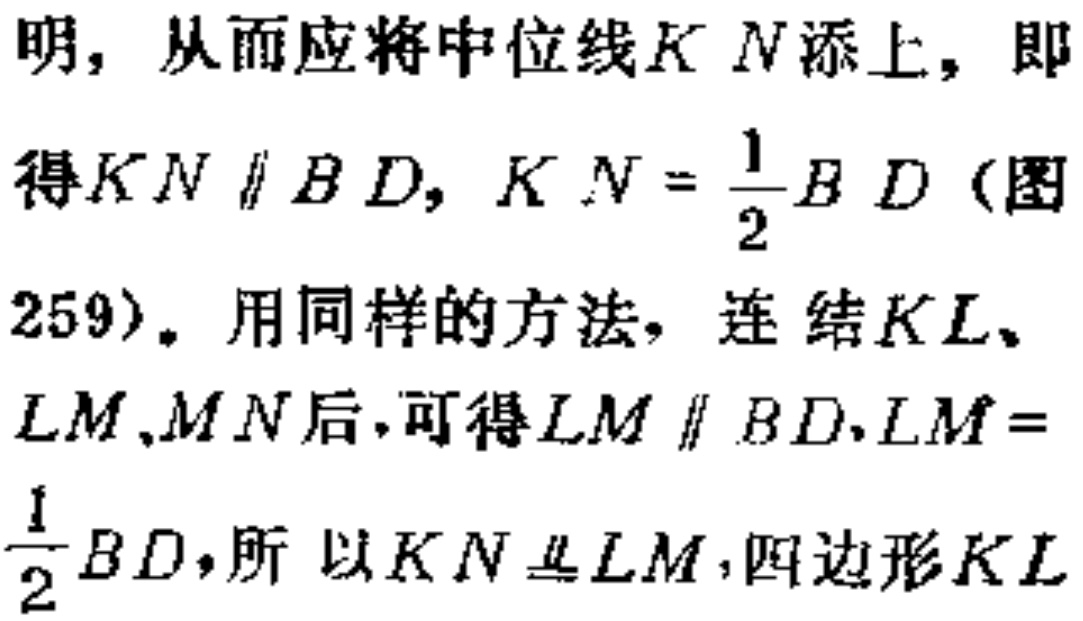
明，从而应将中位线$KN$添上，即得$KN \parallel BD$，$KN = \frac{1}{2}BD$（图259）。用同样的方法，连结$KL$、$LM$、$MN$后，可得$LM \parallel BD$，$LM = \frac{1}{2}BD$，所以$KN \equalparallel LM$，四边形$KL$